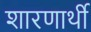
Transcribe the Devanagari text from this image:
शारणार्थी